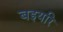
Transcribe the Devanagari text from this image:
बइयरि